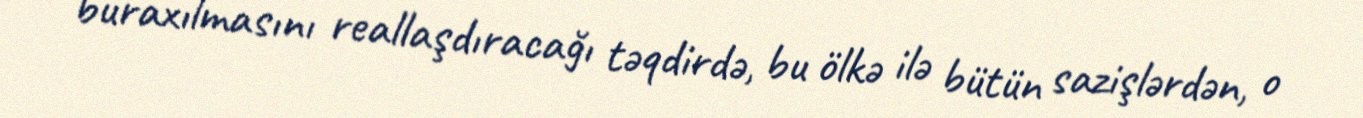
buraxılmasını reallaşdıracağı təqdirdə, bu ölkə ilə bütün sazişlərdən, o